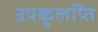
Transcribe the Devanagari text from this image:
उपकुलप्ति